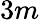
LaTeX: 3m